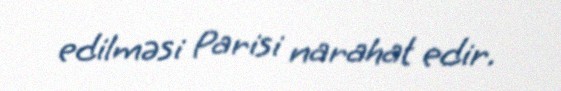
edilməsi Parisi narahat edir.